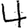
Digit: 4